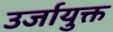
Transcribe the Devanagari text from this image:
उर्जायुक्त